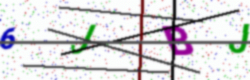
Text: 6JBJ